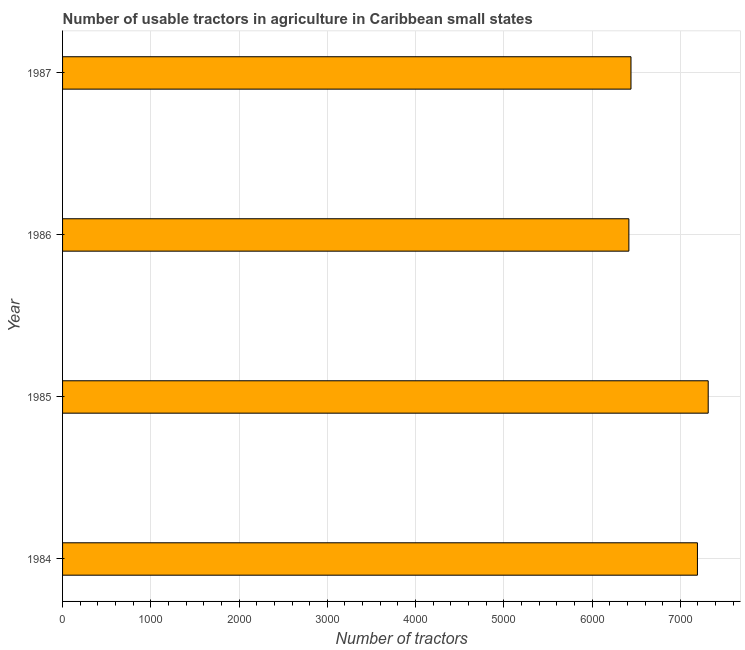
| Year | Agricultural machinery |
 | --- | --- |
 | 1984 | 7.19e+03 |
 | 1985 | 7.32e+03 |
 | 1986 | 6.42e+03 |
 | 1987 | 6.44e+03 |